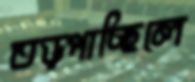
তড়্‌পাচ্ছিলে